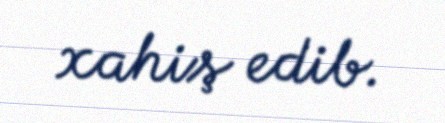
xahiş edib.